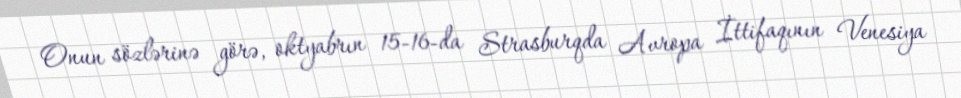
Onun sözlərinə görə, oktyabrın 15-16-da Strasburqda Avropa İttifaqının Venesiya